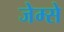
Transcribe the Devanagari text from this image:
जेम्से